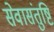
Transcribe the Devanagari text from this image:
सेवासंतुष्टि